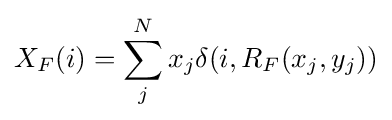
X_{F}(i)=\sum _{j}^{N}x_{j}\delta (i,R_{F}(x_{j},y_{j}))